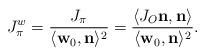
LaTeX: \begin{align*}J^w_{\pi}=\frac{J_{\pi}}{\langle\textbf{w}_0,\textbf{n}\rangle^2}=\frac{\langle J_O\textbf{n},\textbf{n}\rangle}{\langle\textbf{w}_0,\textbf{n}\rangle^2}.\end{align*}